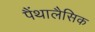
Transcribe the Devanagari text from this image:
पैंथालैसिक